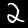
Digit: 2